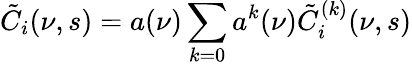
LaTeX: \tilde{C}_{i}(\nu,s)=a(\nu)\sum_{k=0}a^{k}(\nu)\tilde{C}_{i}^{(k)}(\nu,s)